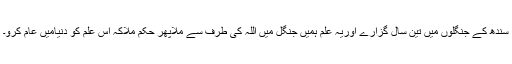
سندھ کے جنگلوں میں تین سال گزارے اوریہ علم ہمیں جنگل میں اللہ کی طرف سے ملاپھر حکم ملاکہ اس علم کو دنیامیں عام کرو۔